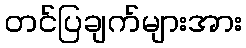
တင်ပြချက်များအား